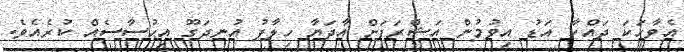
އެވާހަކަ ދައްކާ އަޑު އިވުމުން އަޝްރަފަށް އާދަޔާ ހިލާފު އުނދަގޫ އިޙުސާސެއް ކުރެއެވެ.